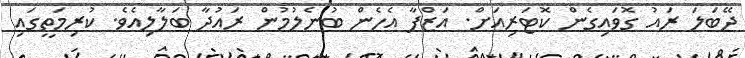
ދޭބަލަ ރައު ގޮވައިގެން ކޮޓަރިއަށް. އަޒްފާ އެހެން ބުނެލުމުން ރައުދާ ބަލާލިއެވެ. ކުރިމަތީގައި